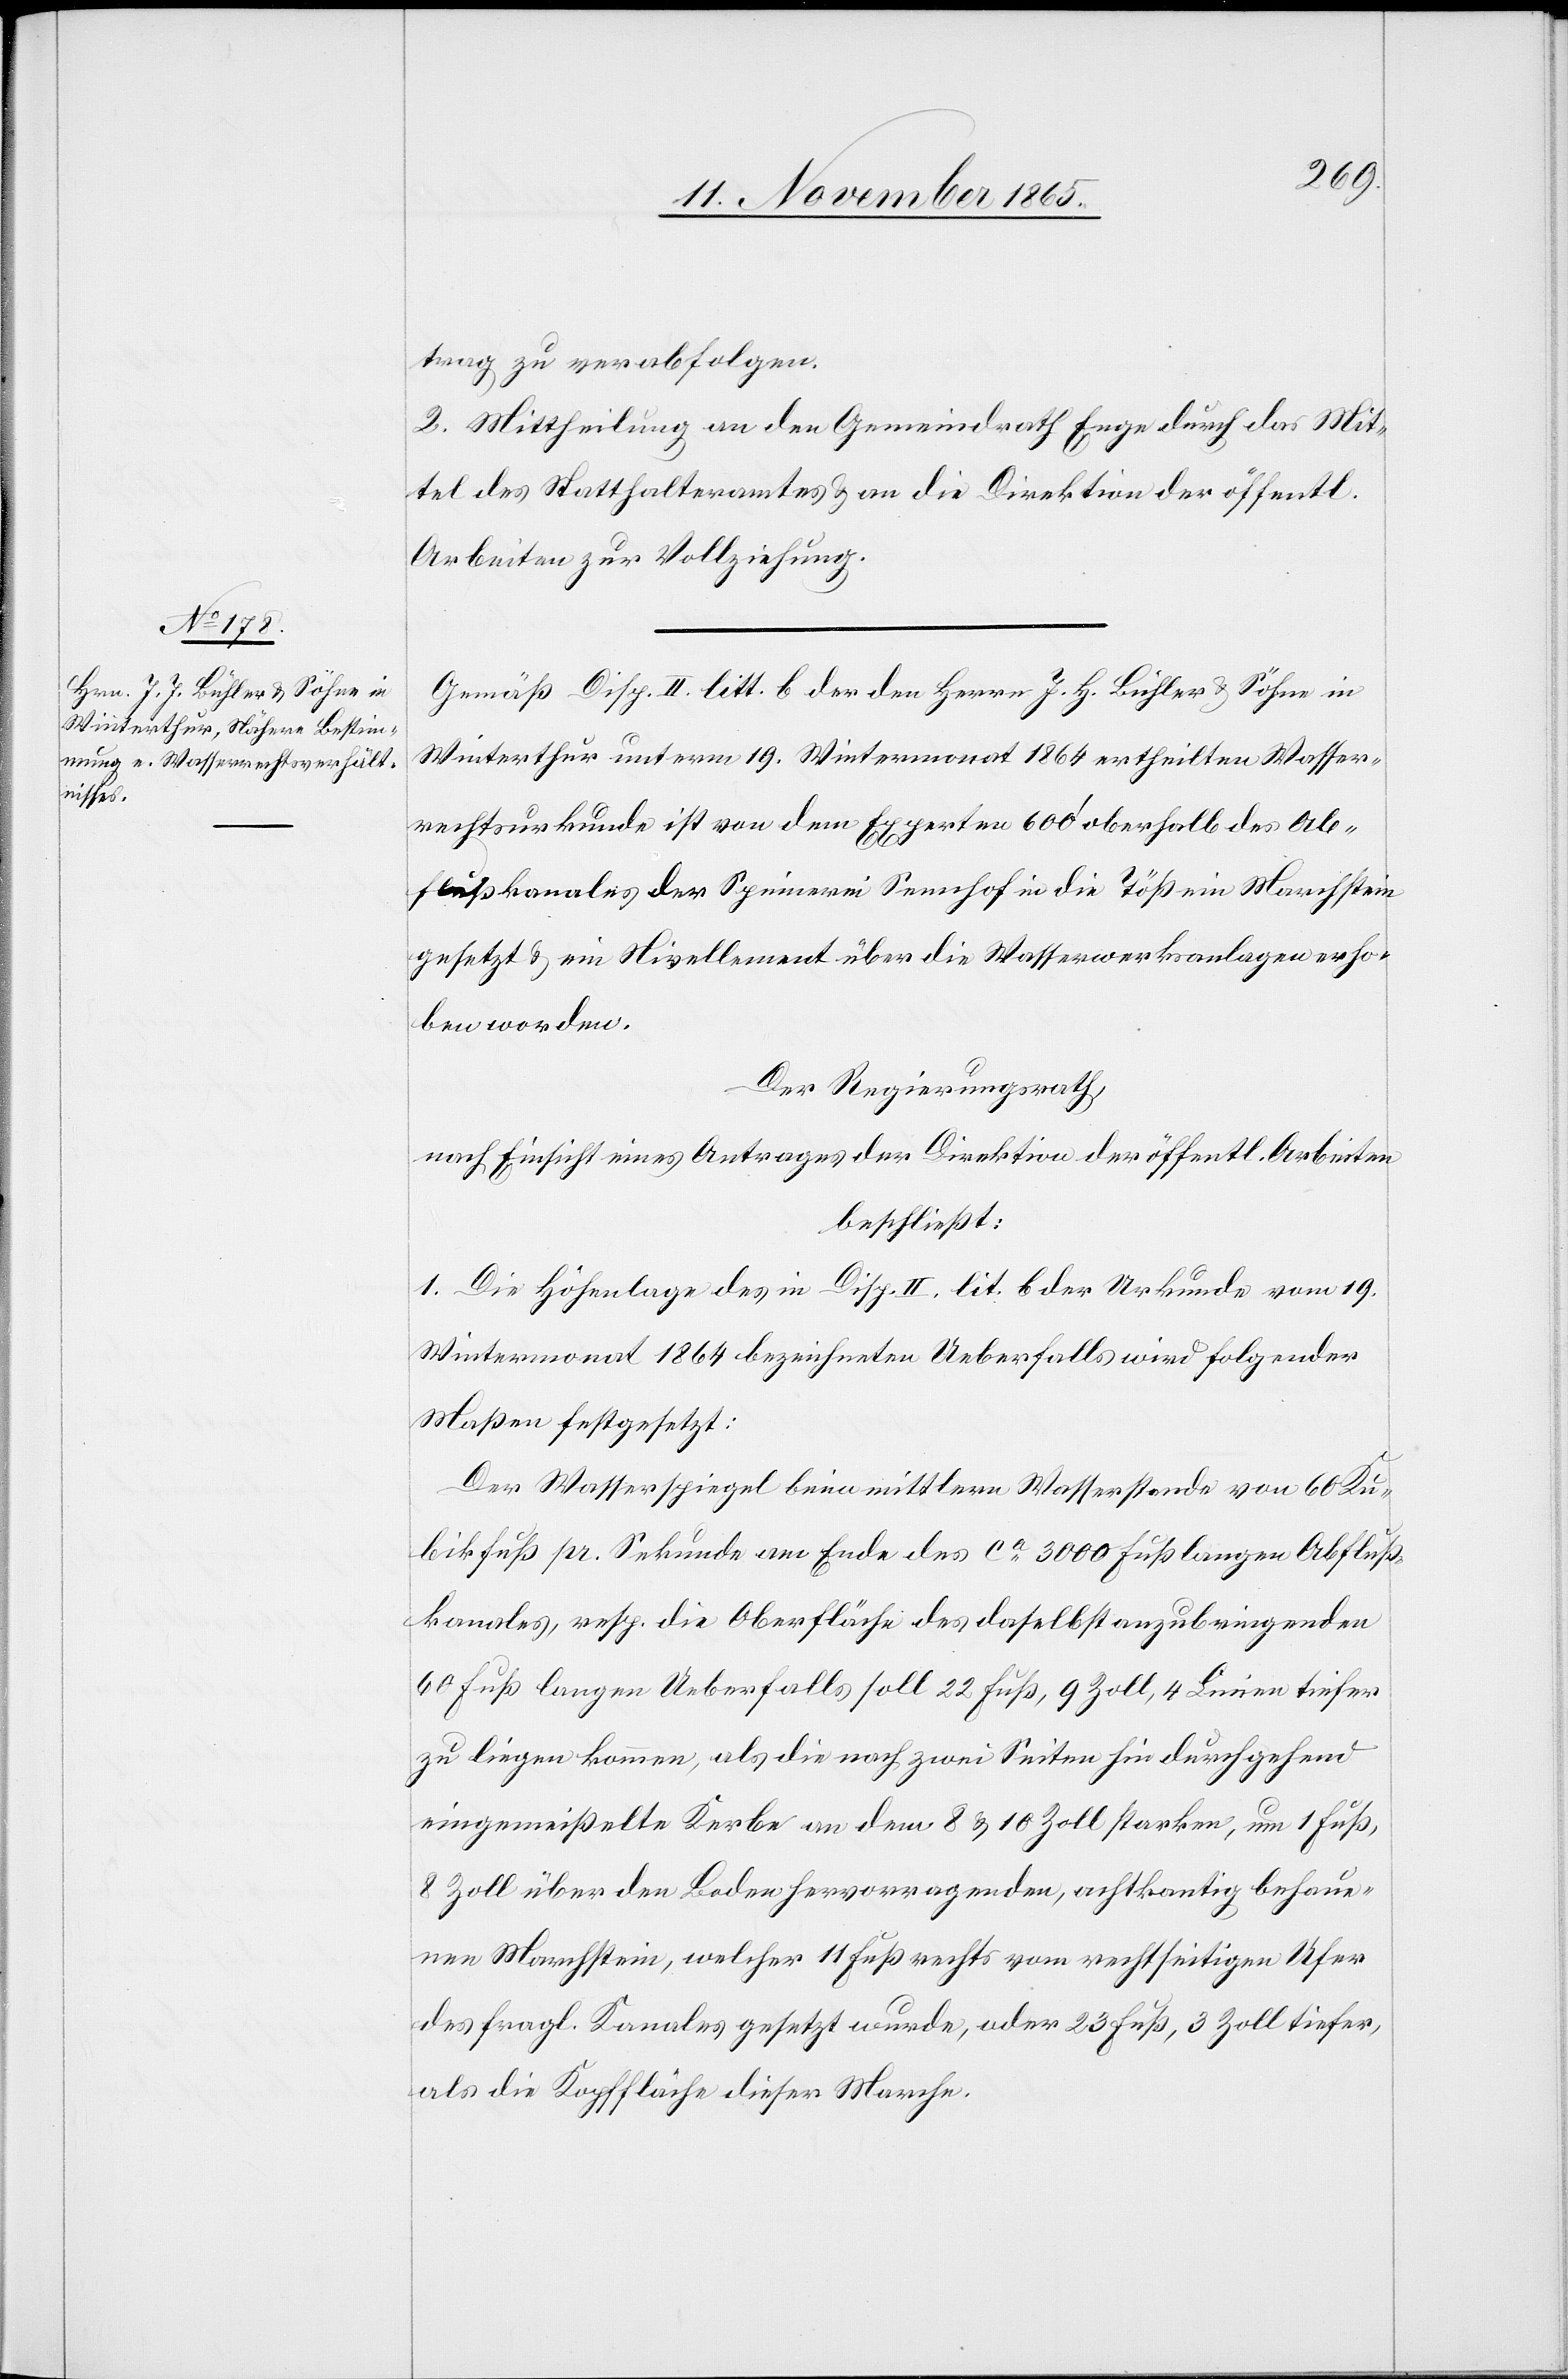
iten.

trag zu verabfolgen.
2. Mittheilung an den Gemeindrath Enge durch das Mit¬
tel des Statthalteramtes & an die Direktion der öffentl.
Gemäß Disp. II. litt. b der den Herrn J. H. [sic!] Bühler & Söhne in
Winterthur unterm 19. Wintermonat 1864 ertheilten Wasser¬
rechtsurkunde ist von dem Experten 600’ oberhalb des Ab¬
flußkanals der Spinnerei Seenhof in die Töß ein Marchstein
gesetzt & ein Nivellement über die Wasserwerksanlagen erho¬
ben worden.
Der Regierungsrath,
nach Einsicht eines Antrages der Direktion der öffentl. Arbeiten,
beschließt:
1. Die Höhenlage des in Disp. II. litt. b der Urkunde vom 19.
Wintermonat 1864 bezeichneten Ueberfalls wird folgender
Maßen festgesetzt:
Der Wasserspiegel beim mittlern Wasserstande von 60 Ku¬
bikfuß pr. Sekunde am Ende des ca 3000 Fuß langen Abfluß¬
kanals, resp. die Oberfläche des daselbst anzubringenden
60 Fuß langen Ueberfalls soll 22 Fuß, 9 Zoll, 4 Linien tiefer
zu liegen kommen, als die nach zwei Seiten hin durchgehend
eingemeißelte Kerbe an dem 8 & 10 Zoll starken, um 1 Fuß,
8 Zoll über den Boden hervorragenden, achtkantig behaue¬
nen Marchstein, welcher 11 Fuß rechts vom rechtseitigen Ufer
des fragl. Kanales gesetzt wurde, oder 23 Fuß, 3 Zoll tiefer,
als die Kopffläche dieser Marche.